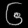
Digit: ၆